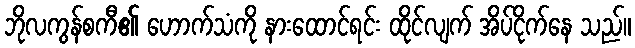
ဘိုလကွန်စကီ၏ ဟောက်သံကို နားထောင်ရင်း ထိုင်လျက် အိပ်ငိုက်နေ သည်။